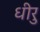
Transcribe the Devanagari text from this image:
धीरु